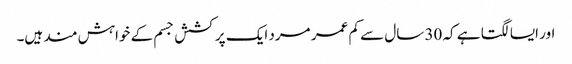
اور ایسا لگتا ہے کہ 30 سال سے کم عمر مرد ایک پرکشش جسم کے خواہش مند ہیں۔